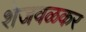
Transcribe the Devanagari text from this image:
शेजवळकर